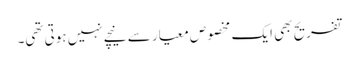
تفریح بھی ایک مخصوص معیار سے نیچے نہیں ہوتی تھی۔